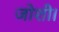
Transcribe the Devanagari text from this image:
जोशी।